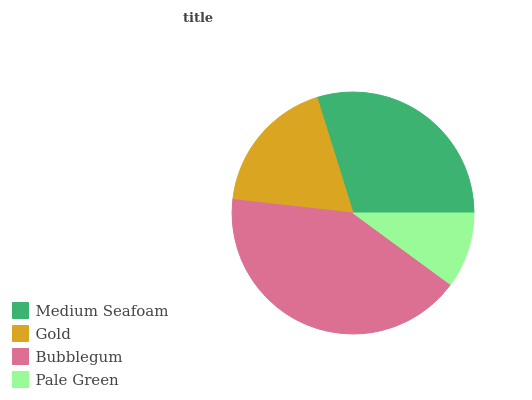
| Medium Seafoam | Gold | Bubblegum | Pale Green |
 | --- | --- | --- | --- |
 | 29.8% | 18.5% | 41.7% | 10.1% |